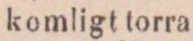
komligt torra